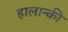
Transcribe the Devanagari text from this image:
हालान्की